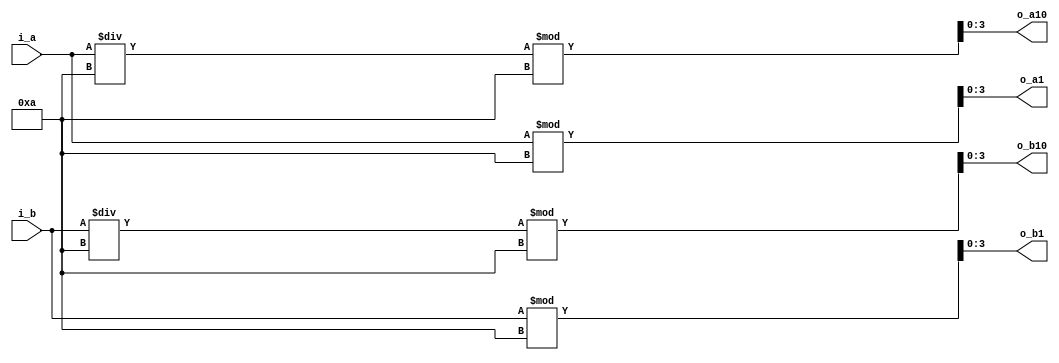
`timescale 1ns / 1ps

module DigitDivider(
    input [6:0] i_a, i_b,
    output [3:0] o_a10, o_a1, o_b10, o_b1
    );

    assign o_a1  = i_a % 10;
    assign o_a10 = i_a / 10 % 10;
    assign o_b1  = i_b % 10;
    assign o_b10 = i_b / 10 % 10;
endmodule